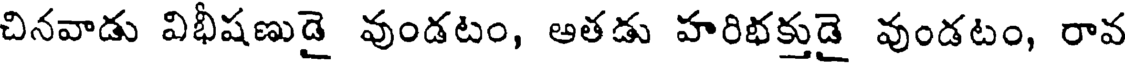
చినవాడు విభీషణుడై వుండటం, ఆతడు హరిభక్తుడై వుండటం, రావ